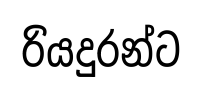
රියදුරන්ට